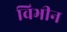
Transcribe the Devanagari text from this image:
विभीन